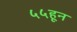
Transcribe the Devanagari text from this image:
५५हून